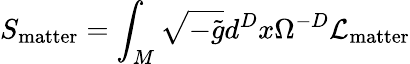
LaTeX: S_{\mathrm{matter}}=\int_{M}\sqrt{-\tilde{g}}d^{D}x\Omega^{-D}{\cal L}_{\mathrm{matter}}